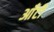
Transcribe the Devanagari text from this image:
आँटी